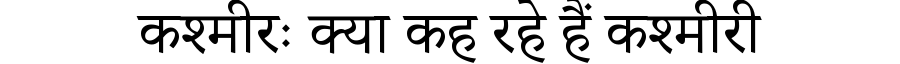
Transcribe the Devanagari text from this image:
कश्मीरः क्या कह रहे हैं कश्मीरी